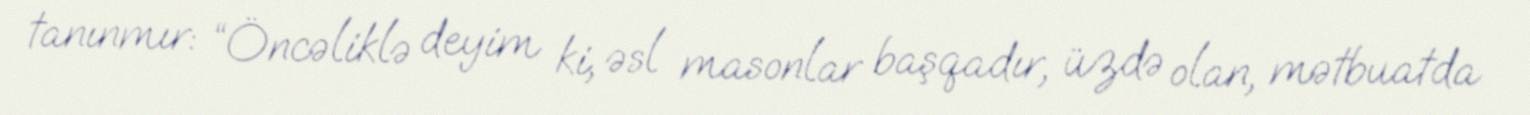
tanınmır: “Öncəliklə deyim ki, əsl masonlar başqadır, üzdə olan, mətbuatda